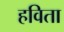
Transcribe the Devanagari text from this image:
हविता